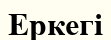
Еркегі